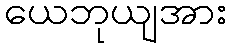
ယေဘုယျအား